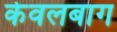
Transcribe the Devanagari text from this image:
केवलबाग